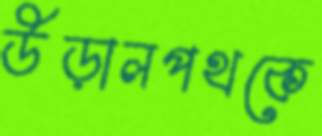
উড়ালপথকে